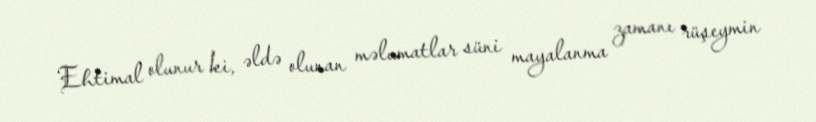
Ehtimal olunur ki, əldə olunan məlumatlar süni mayalanma zamanı rüşeymin